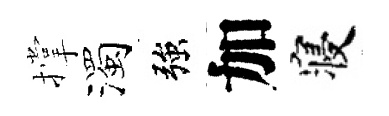
撑濁強加寝